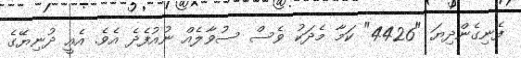
ފެނިގެންދިޔަ "4426" ކަމާ މެދަކު ވެސް ސުވާލެއް ނުއުފެދެ އެވެ. އެއީ ދުނިޔޭގެ